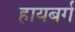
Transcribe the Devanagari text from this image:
हायबर्ग